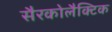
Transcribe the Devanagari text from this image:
सैरकोलैक्टिक